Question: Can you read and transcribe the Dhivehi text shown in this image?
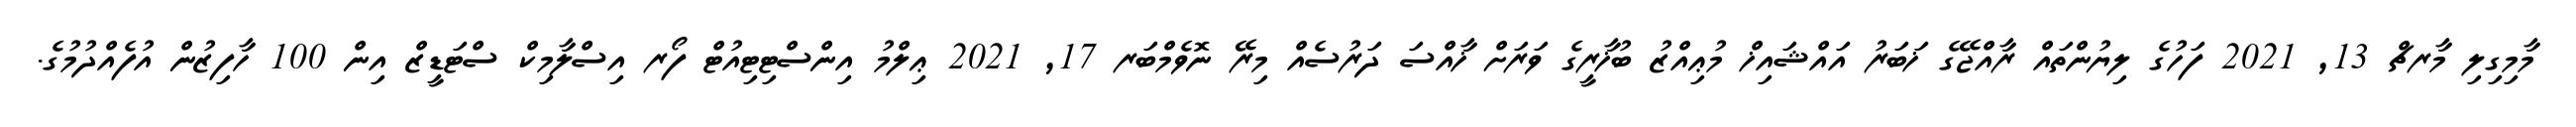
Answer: މާމިގިލި މާރޗް 13, 2021 ފަހުގެ ލިޔުންތައް ރާއްޖޭގެ ޚަބަރު އައްޝައިޚް މުޢިއްޒު ބުޚާރީގެ ވަރަށް ޚާއްސަ ދަރުސެއް މިރޭ ނޮވެމްބަރ 17, 2021 ޢިލްމު އިންސްޓިޓިއުޓް ފޯރ އިސްލާމިކް ސްޓަޑީޒް އިން 100 ހާފިޒުން އުފެއްދުމުގެ.